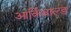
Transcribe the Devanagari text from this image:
आर्क़िबाल्ड